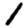
Digit: 1